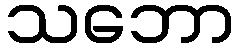
သဘော